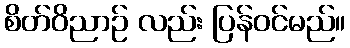
စိတ်ဝိညာဉ် လည်း ပြန်ဝင်မည်။